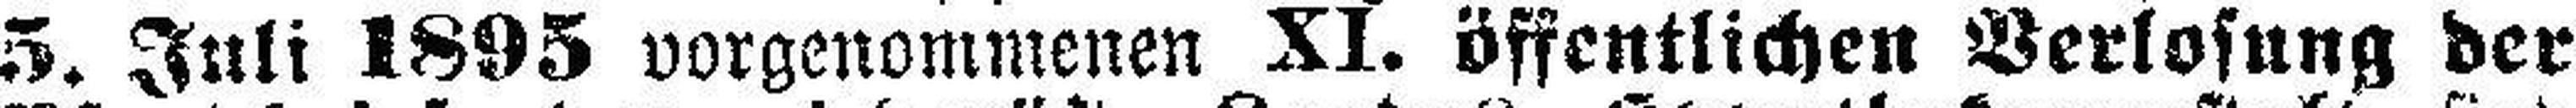
5. Juli 1895 vorgenommenen XI. öffentlichen Verlosung der